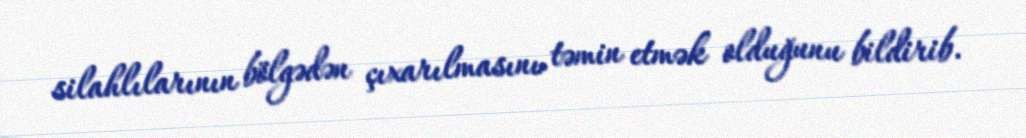
silahlılarının bölgədən çıxarılmasını təmin etmək olduğunu bildirib.